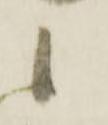
候